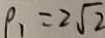
\rho _ { 1 } = 2 \sqrt { 2 }